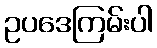
ဥပဒေကြမ်းပါ